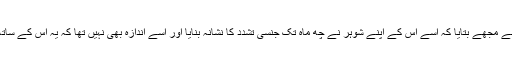
ایک اور لڑکی نے مجھے بتایا کہ اسے اس کے اپنے شوہر نے چھ ماہ تک جنسی تشدد کا نشانہ بنایا اور اسے اندازہ بھی نہیں تھا کہ یہ اس کے ساتھ ظلم ہو رہا تھا۔